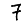
Digit: 7